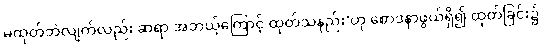
မထုတ်ဘဲလျက်လည်း ဆရာ အဘယ့်ကြောင့် ထုတ်သနည်း’ဟု စောဒနာဖွယ်ရှိ၍ ထုတ်ခြင်း၌